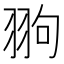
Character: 翑